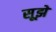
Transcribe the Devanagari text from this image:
सूझे